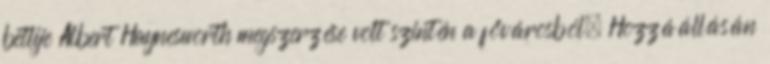
betlije Albert Haynesworth megszerzése volt szintén a fővárosból. Hozzáállásán